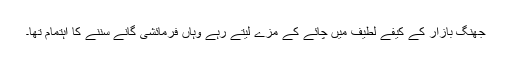
جھنگ بازار کے کیفے لطیف میں چائے کے مزے لیتے رہے وہاں فرمائشی گانے سننے کا اہتمام تھا۔